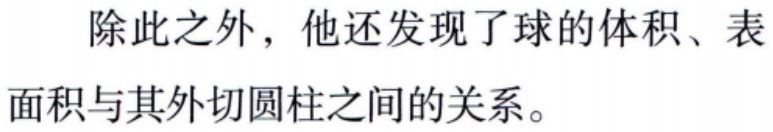
除此之外，他还发现了球的体积、表面积与其外切圆柱之间的关系。